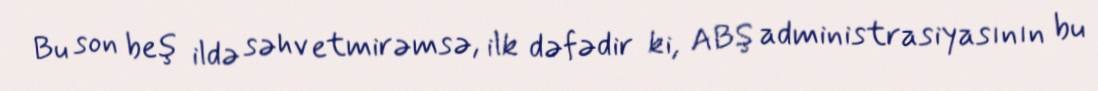
Bu son beş ildə səhv etmirəmsə, ilk dəfədir ki, ABŞ administrasiyasının bu